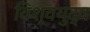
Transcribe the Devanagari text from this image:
विश्‍वयुद्व